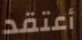
أعتقد